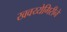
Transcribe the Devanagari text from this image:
खवय्येगिरीने